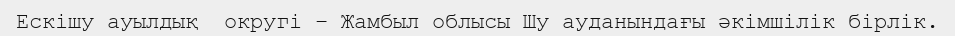
Ескішу ауылдық  округі – Жамбыл облысы Шу ауданындағы әкімшілік бірлік.